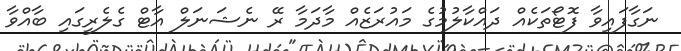
ނަގާފައިވާ ފޮޓޯތަކެއް ދައްކާލުމުގެ މައުރަޒެއް މާދަމާ ރޭ ނެޝަނަލް އާޓް ގެލެރީގައި ބާއްވާ